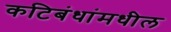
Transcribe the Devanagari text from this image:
कटिबंधांमधील